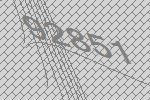
92851